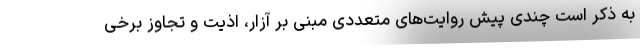
به ذکر است چندی پیش روایت‌های متعددی مبنی بر آزار، اذیت و تجاوز برخی